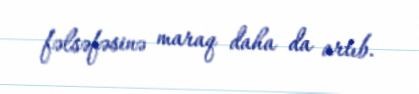
fəlsəfəsinə maraq daha da artıb.